Leaving Certificate Examination, 1912
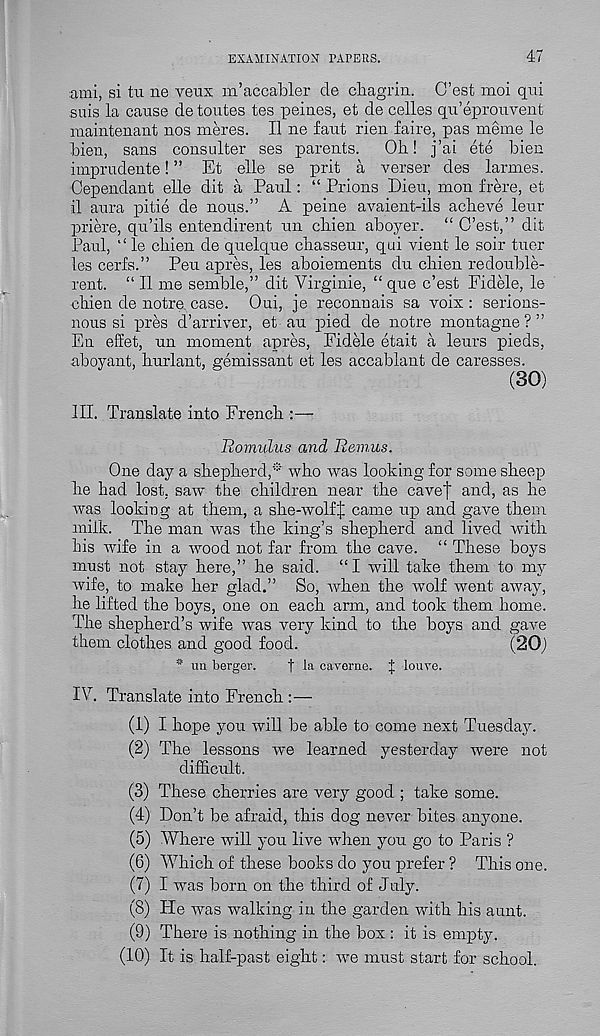
EXAMINATION PAPERS.
47
ami, si tu ne veux m’accabler de chagrin. C’est moi qui
suis la cause de toutes tes pein.es, et de celles qu’eprouvent
maintenant nos meres. II ne fant rien faire, pas meme le
bien, sans consulter ses parents.
Ob! j’ai ete bien
imprudente! ” Et elle se prit a verser des larmes.
Oependant elle dit a Paul: “ Prions Dieu, mon frere, et
il aura pitie de nous.” A peine avaient-ils acbeve leur
priere, qu’ils entendirent un cbien aboyer. “ O’est,” dit
Paul, le cbien de quelque cbasseur, qui vient le soir tuer
les cerfs.” Pen apres, les aboiements du cbien redouble-
rent. “ II me semble,” dit Virginie, “ que c’est Fidele, le
cbien de notre. case. Oui, je reconuais sa voix : serions-
nous si pres d’arriver, et an pied de notre montagne ? ”
En effet, un moment apres, Fidele etait a leurs pieds,
aboyant, burlant, gemissant et les accablant de caresses.
(30)
III. Translate into French :—
Romulus and Remus.
One day a sbepberd,* wbo was looking for some sbeep
be bad lost, saw the children near the cave| and, as he
was looking at them, a sbe-wolff came up and gave them
milk. The man was the king’s shepherd and lived with
bis wife in a wood not far from the cave. “ These boys
must not stay here,” be said. “I will take them to my
wife, to make her glad.” So, when the wolf went away,
be lifted the boys, one on each arm, and took them home.
The shepherd’s wife was very kind to the boys and gave
them clothes and good food.
(20)
* un berger.
| l a caverne. J louve.
IV. Translate into French :—
(1) I hope you will be able to come next Tuesday.
(2) The lessons rve learned yesterday were not
difficult.
(3) These cherries are very good ; take some.
(4) Don’t be afraid, this dog ne\ r er bites anyone.
(5) Where will you live when you go to Paris ?
(6) Which of these books do you prefer ? This one.
(7) I was born on the third of July.
(8) Fie was walking in the garden with his aunt.
(9) There is nothing in the box : it is empty.
(10) It is half-past eight: we must start for school.